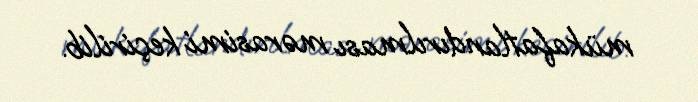
mükafatlandırılması mərasimi keçirilib.